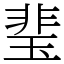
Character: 㻗